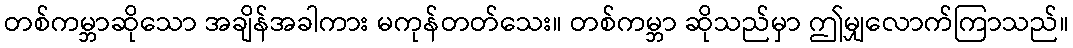
တစ်ကမ္ဘာဆိုသော အချိန်အခါကား မကုန်တတ်သေး။ တစ်ကမ္ဘာ ဆိုသည်မှာ ဤမျှလောက်ကြာသည်။